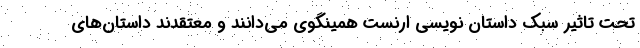
تحت تاثیر سبک داستان نویسی ارنست همینگوی می‌دانند و معتقدند داستان‌های